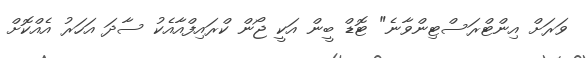
ވަރަށް އިންޓްރަސްޓިންވާނެ" ޓޮޑް ބީން އަކީ ޖޯން ކްރައިފްއާއެކު ސާދަ އަހަރު އެއްކޮށް